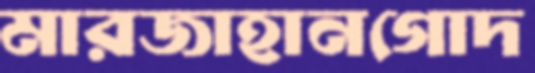
মারজাহানগোদ